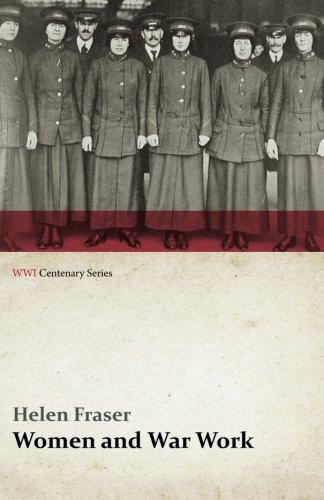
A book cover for Women and War Work (WWI Centenary Series); Helen Fraser; History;